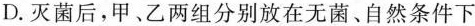
D.灭菌后，甲、乙两组分别放在无菌、自然条件下